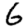
Digit: 6